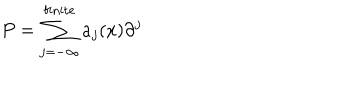
P = \sum _ { j = - \infty } ^ { \mathrm { f i n i t e } } a _ { j } ( x ) \partial ^ { j }